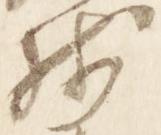
残